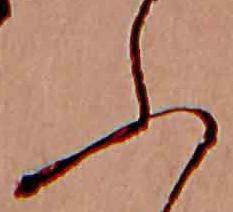
ふ